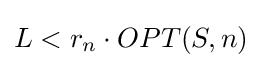
L<r_{n}\cdot OPT(S,n)